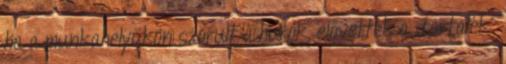
ha a munkahelyükön szorult a hurok, elővették a „tartalék”